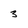
Character: 3